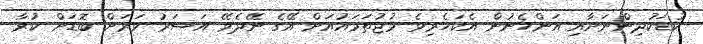
ކުޑަކުދިންނަށާއި އަންހެނުން އެކަހެރިވެ މުޖުތަމައުއަށް އޭގެ ނޭދެވޭ އަސަރު ވަރަށް ބޮޑަށް ކުރާ